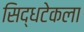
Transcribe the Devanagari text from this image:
सिद्धटेकला